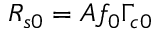
\begin{array} { r } { R _ { s 0 } = A f _ { 0 } \Gamma _ { c 0 } } \end{array}